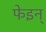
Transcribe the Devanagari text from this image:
फेइन्